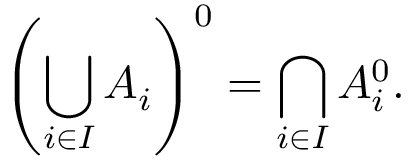
\left( \bigcup _ { i \in I } A _ { i } \right) ^ { 0 } = \bigcap _ { i \in I } A _ { i } ^ { 0 } .